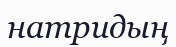
натридың